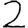
Digit: 2